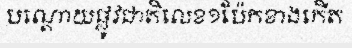
បណ្តោយផ្លូវជាតិលេខ១ប៉ែកខាងកើត